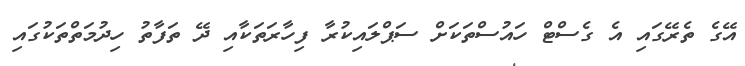
އޭގެ ތެރޭގައި އެ ގެސްޓް ހައުސްތަކަށް ސަޕްލައިކުރާ ފިހާރަތަކާއި ދޭ ތަފާތު ހިދުމަތްތަކުގައި